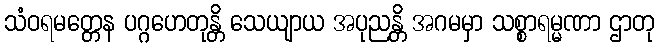
သံဝရမတ္တေန ပဂ္ဂဟေတုန္တိ သေယျာယ အပုညန္တိ အဂမမှာ သစ္စာရမ္မဏာ ဌာတု